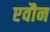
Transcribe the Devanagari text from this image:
एवौन